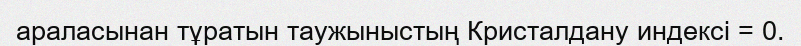
араласынан тұратын таужыныстың Кристалдану индексі = 0.